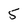
Character: 5